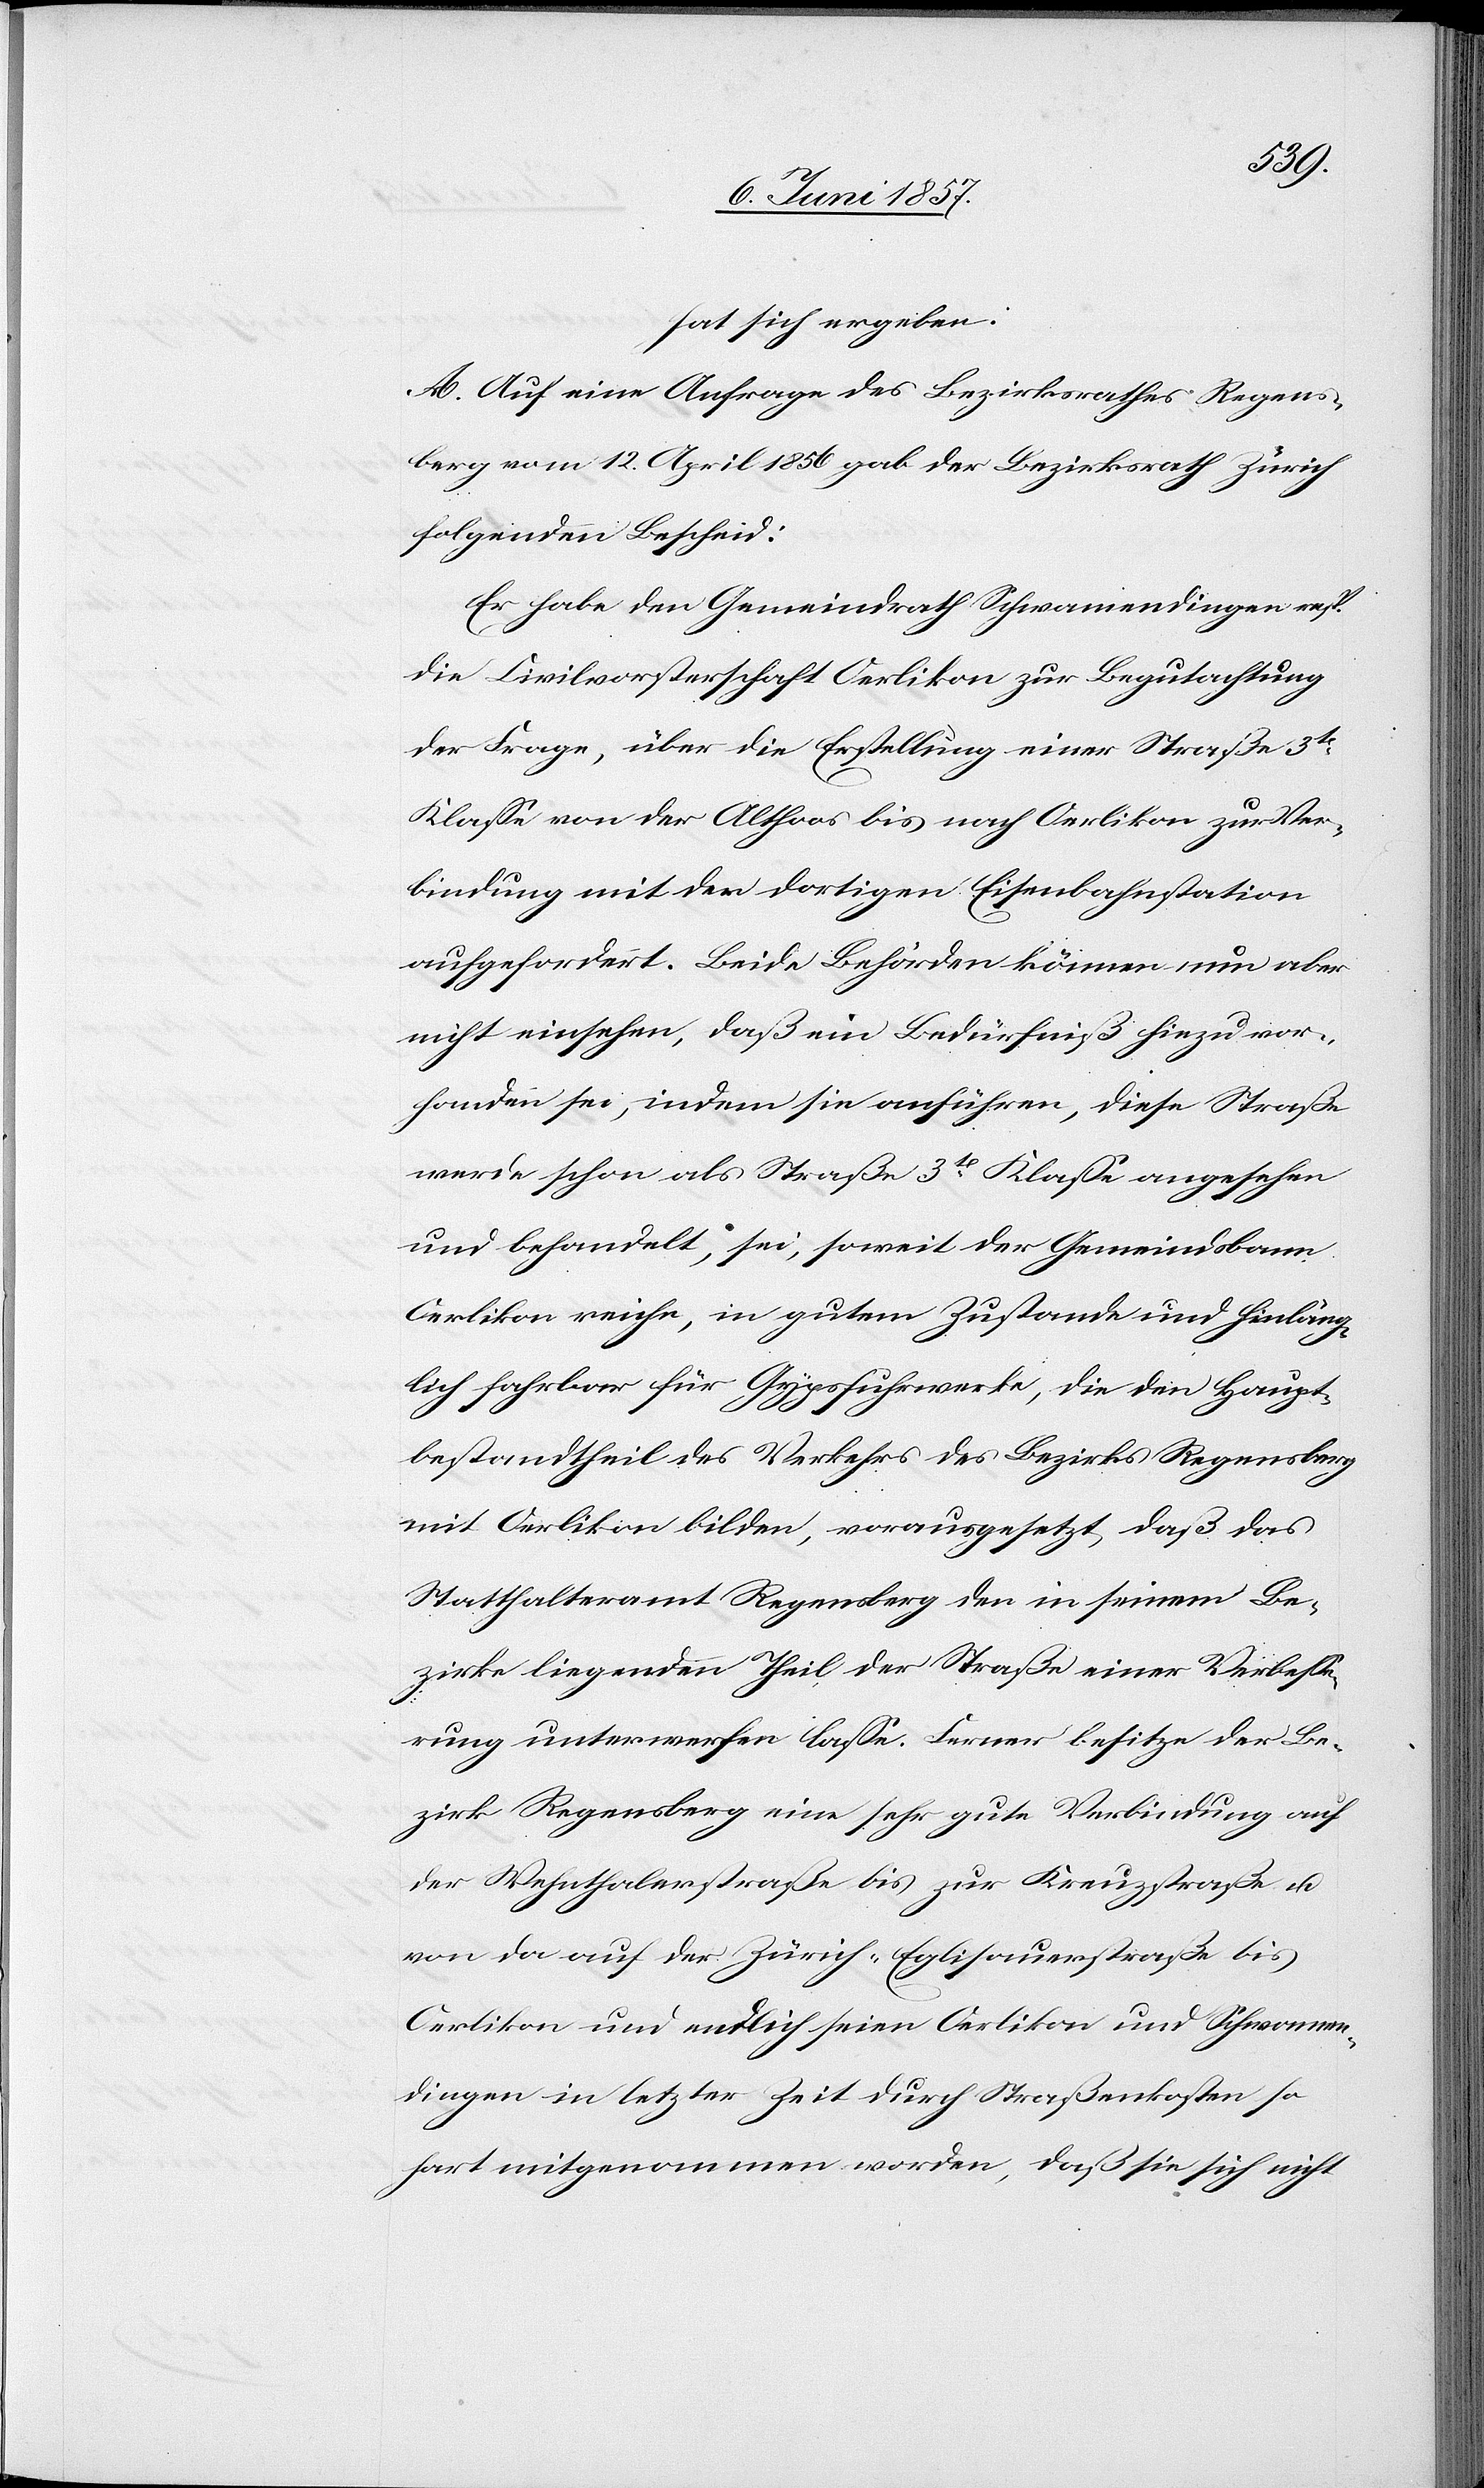
hat sich ergeben:
A. Auf eine Anfrage des Bezirksrathes Regens¬
berg vom 12 April 1856 gab der Bezirksrath Zürich
folgenden Bescheid:
Er habe den Gemeindrath Schwamendingen resp.
die Civilvorsteherschaft Oerlikon zur Begutachtung
der Frage, über die Erstellung einer Straße 3tr
Klasse von der Althoos bis nach Oerlikon zur Ver¬
bindung mit der dortigen Eisenbahnstation
aufgefordert. Beide Behörden können nun aber
nicht einsehen, daß ein Bedürfniß hiezu vor¬
handen sei, indem sie anführen, diese Straße
werde schon als Straße 3tr Klasse angesehen
und behandelt, sei, soweit der Gemeindsbanne
Oerlikon reiche, in gutem Zustande und hinläng¬
lich fahrbar für Gypsfuhrwerke, die den Haupt¬
bestandtheil des Verkehrs des Bezirks Regensberg
mit Oerlikon bilden, vorausgesetzt, daß das
Statthalteramt Regensberg den in seinem Be¬
zirke liegenden Theil der Straße einer Verbesse¬
rung unterwerfen lasse. Ferner besitze der Be¬
zirk Regensberg eine sehr gute Verbindung auf
der Wehnthalerstraße bis zur Kreuzstraße &
von da auf der Zürich-Eglisauerstraße bis
Oerlikon und endlich seien Oerlikon und Schwamen¬
dingen in letzter Zeit durch Straßenkosten so
hart mitgenommen worden, daß sie sich nicht